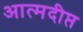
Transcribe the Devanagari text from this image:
आत्मदीप्त